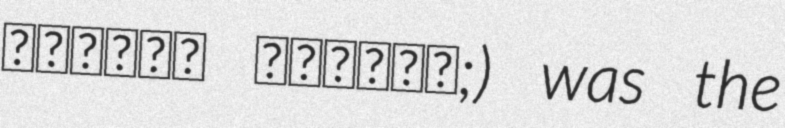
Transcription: مبارکه یوسفزۍ;) was the